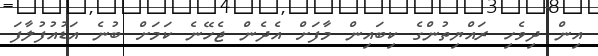
އިން ދިވެހި ރައްޔިތުންގެ ކިބައިން މާފަށް އެދެން ޖެހޭނެ ކަމަށް ބުނެ އަޑުއުފުލާފަ